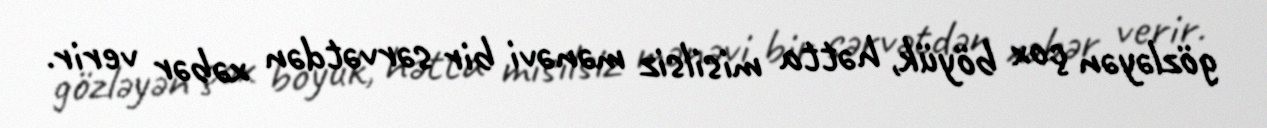
gözləyən çox böyük, hətta misilsiz mənəvi bir sərvətdən xəbər verir.